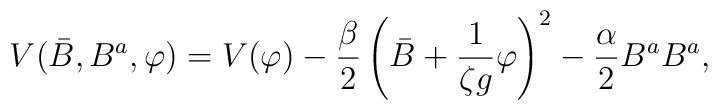
V(\bar{B}, B^a, \varphi) = V(\varphi) - \frac{\beta}{2}\left( \bar{B} + {1 \over \zeta g} \varphi \right)^2 - \frac{\alpha}{2} B^a B^a  ,